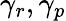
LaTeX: \gamma_{r},\gamma_{p}